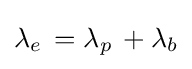
{\lambda _{e}}\,={\lambda _{p}}\,+{\lambda _{b}}